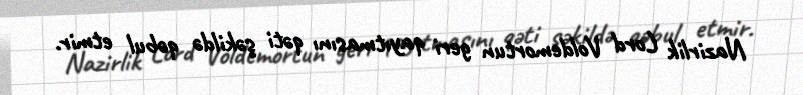
Nazirlik Lord Voldemortun geri qayıtmasını qəti şəkildə qəbul etmir.